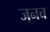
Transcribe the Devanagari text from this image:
जूनच